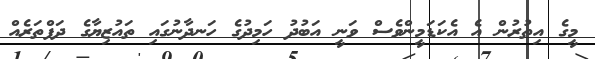
މީގެ އިތުރުން އެ އެކަޑަމީންވެސް ވަނީ އަބުދު ހަމިދުގެ ހަނދާނުގައި ތައުޒިޔާގެ ދަފްތަރެއް